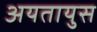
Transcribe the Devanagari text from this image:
अयतायुस